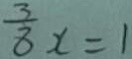
\frac { 3 } { 8 } x = 1